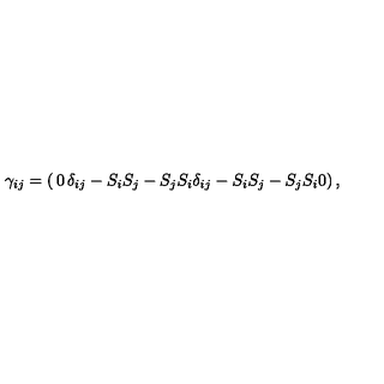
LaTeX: \gamma _ { i j } = \left( \begin{matrix} { 0 } & { \delta _ { i j } - S _ { i } S _ { j } - S _ { j } S _ { i } } \\ { \delta _ { i j } - S _ { i } S _ { j } - S _ { j } S _ { i } } & { 0 } \\ \end{matrix} \right) ,